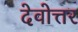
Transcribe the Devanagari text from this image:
देवोत्तर